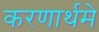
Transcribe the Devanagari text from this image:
करणार्थमे